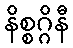
နိစ္စဂ္ဂိနီ